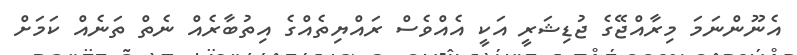
އެނޫންނަމަ މިރާއްޖޭގެ ޖުޑިޝަރީ އަކީ އެއްވެސް ރައްޔިތެއްގެ އިތުބާރެއް ނެތް ތަނެއް ކަމަށް